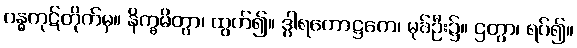
ဂန္ဓကုဋ်တိုက်မှ။ နိက္ခမိတွာ၊ ထွက်၍။ ဒွါရကောဋ္ဌကေ၊ မုခ်ဦး၌။ ဌတွာ၊ ရပ်၍။